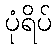
ပုံရိပ်